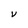
Character: V